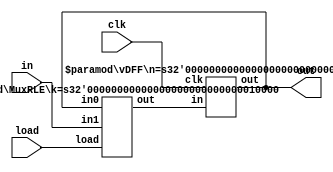
module RLE(in,load,clk,out);
	input [15:0] in;
	input load,clk;
	output reg [15:0] out;
        wire [15:0] mxout;
	wire [15:0] dffout;
	reg [15:0] dffin;
	reg [15:0] mxin;
          

	  MuxRLE #(16) Mux(mxin,in,load,mxout);
	  vDFF #(16) DFF(clk,dffin,dffout);
	
	  always @(*) begin
	   dffin = mxout;
	   mxin = dffout;
	   out = dffout;
	  end
   	  
endmodule
	
module Dec(a, b);

 parameter n=2 ;
 parameter m=4 ;

 input [n-1:0] a ;
 output [m-1:0] b ;
 
 wire [m-1:0] b = 1<<a ;

endmodule

module MuxRLE(in0,in1,load,out);
  	parameter k=1;
	input [k-1:0] in0,in1;
	input load;
	output reg[k-1:0] out;
	

	always @(*) begin
		case(load)
		 1'b0: out = in0;
		 1'b1: out = in1;
		 default: out = {k{1'bx}};
		endcase
	end
endmodule
	
	
//D-Flip Flop Module

module vDFF(clk, in, out) ;
	parameter n=1;
	input clk;
	input [n-1:0] in;
	output [n-1:0] out;
	reg [n-1:0] out;
	
	
	always @(posedge clk)
		out=in;
endmodule

module ANDs(in,write,out);
 input [7:0] in;
 input write;
 output [7:0] out;

 assign out[0] = in[0] & write;
 assign out[1] = in[1] & write;
 assign out[2] = in[2] & write;
 assign out[3] = in[3] & write;
 assign out[4] = in[4] & write;
 assign out[5] = in[5] & write;
 assign out[6] = in[6] & write;
 assign out[7] = in[7] & write;

 
endmodule

module MuxMain(in0,in1,in2,in3,in4,in5,in6,in7,load,out);
  	parameter k=1;
	input [k-1:0] in0,in1,in2,in3,in4,in5,in6,in7;
	input [7:0] load;
	output reg[k-1:0] out;
	

	always @(*) begin
		case(load)
		 8'b00000001: out = in0;
		 8'b00000010: out = in1;
		 8'b00000100: out = in2;
		 8'b00001000: out = in3;
		 8'b00010000: out = in4;
		 8'b00100000: out = in5;
		 8'b01000000: out = in6;
		 8'b10000000: out = in7;
		 default: out = {k{1'bx}};
		endcase
	end
endmodule
	

module regfile(writenum,write,data_in,clk,readnum,data_out);
 
 input [15:0] data_in;
 input [2:0] writenum, readnum;
 input clk, write;
 output [15:0] data_out;
 wire [15:0] RLE_out0, RLE_out1, RLE_out2, RLE_out3, RLE_out4, RLE_out5, RLE_out6, RLE_out7;
 wire [7:0] dec_out0, dec_out1, AND_out;

 Dec #(3,8) dec0(writenum,dec_out0); 
 Dec #(3,8) dec1(readnum,dec_out1);
 ANDs ands(dec_out0,write,AND_out);
 RLE R0(data_in, AND_out[0], clk, RLE_out0);
 RLE R1(data_in, AND_out[1], clk, RLE_out1);
 RLE R2(data_in, AND_out[2], clk, RLE_out2);
 RLE R3(data_in, AND_out[3], clk, RLE_out3);
 RLE R4(data_in, AND_out[4], clk, RLE_out4);
 RLE R5(data_in, AND_out[5], clk, RLE_out5);
 RLE R6(data_in, AND_out[6], clk, RLE_out6);
 RLE R7(data_in, AND_out[7], clk, RLE_out7);
 
 MuxMain #(16) BIGMux(RLE_out0, RLE_out1, RLE_out2, RLE_out3, RLE_out4, RLE_out5, RLE_out6, RLE_out7, dec_out1, data_out);

endmodule